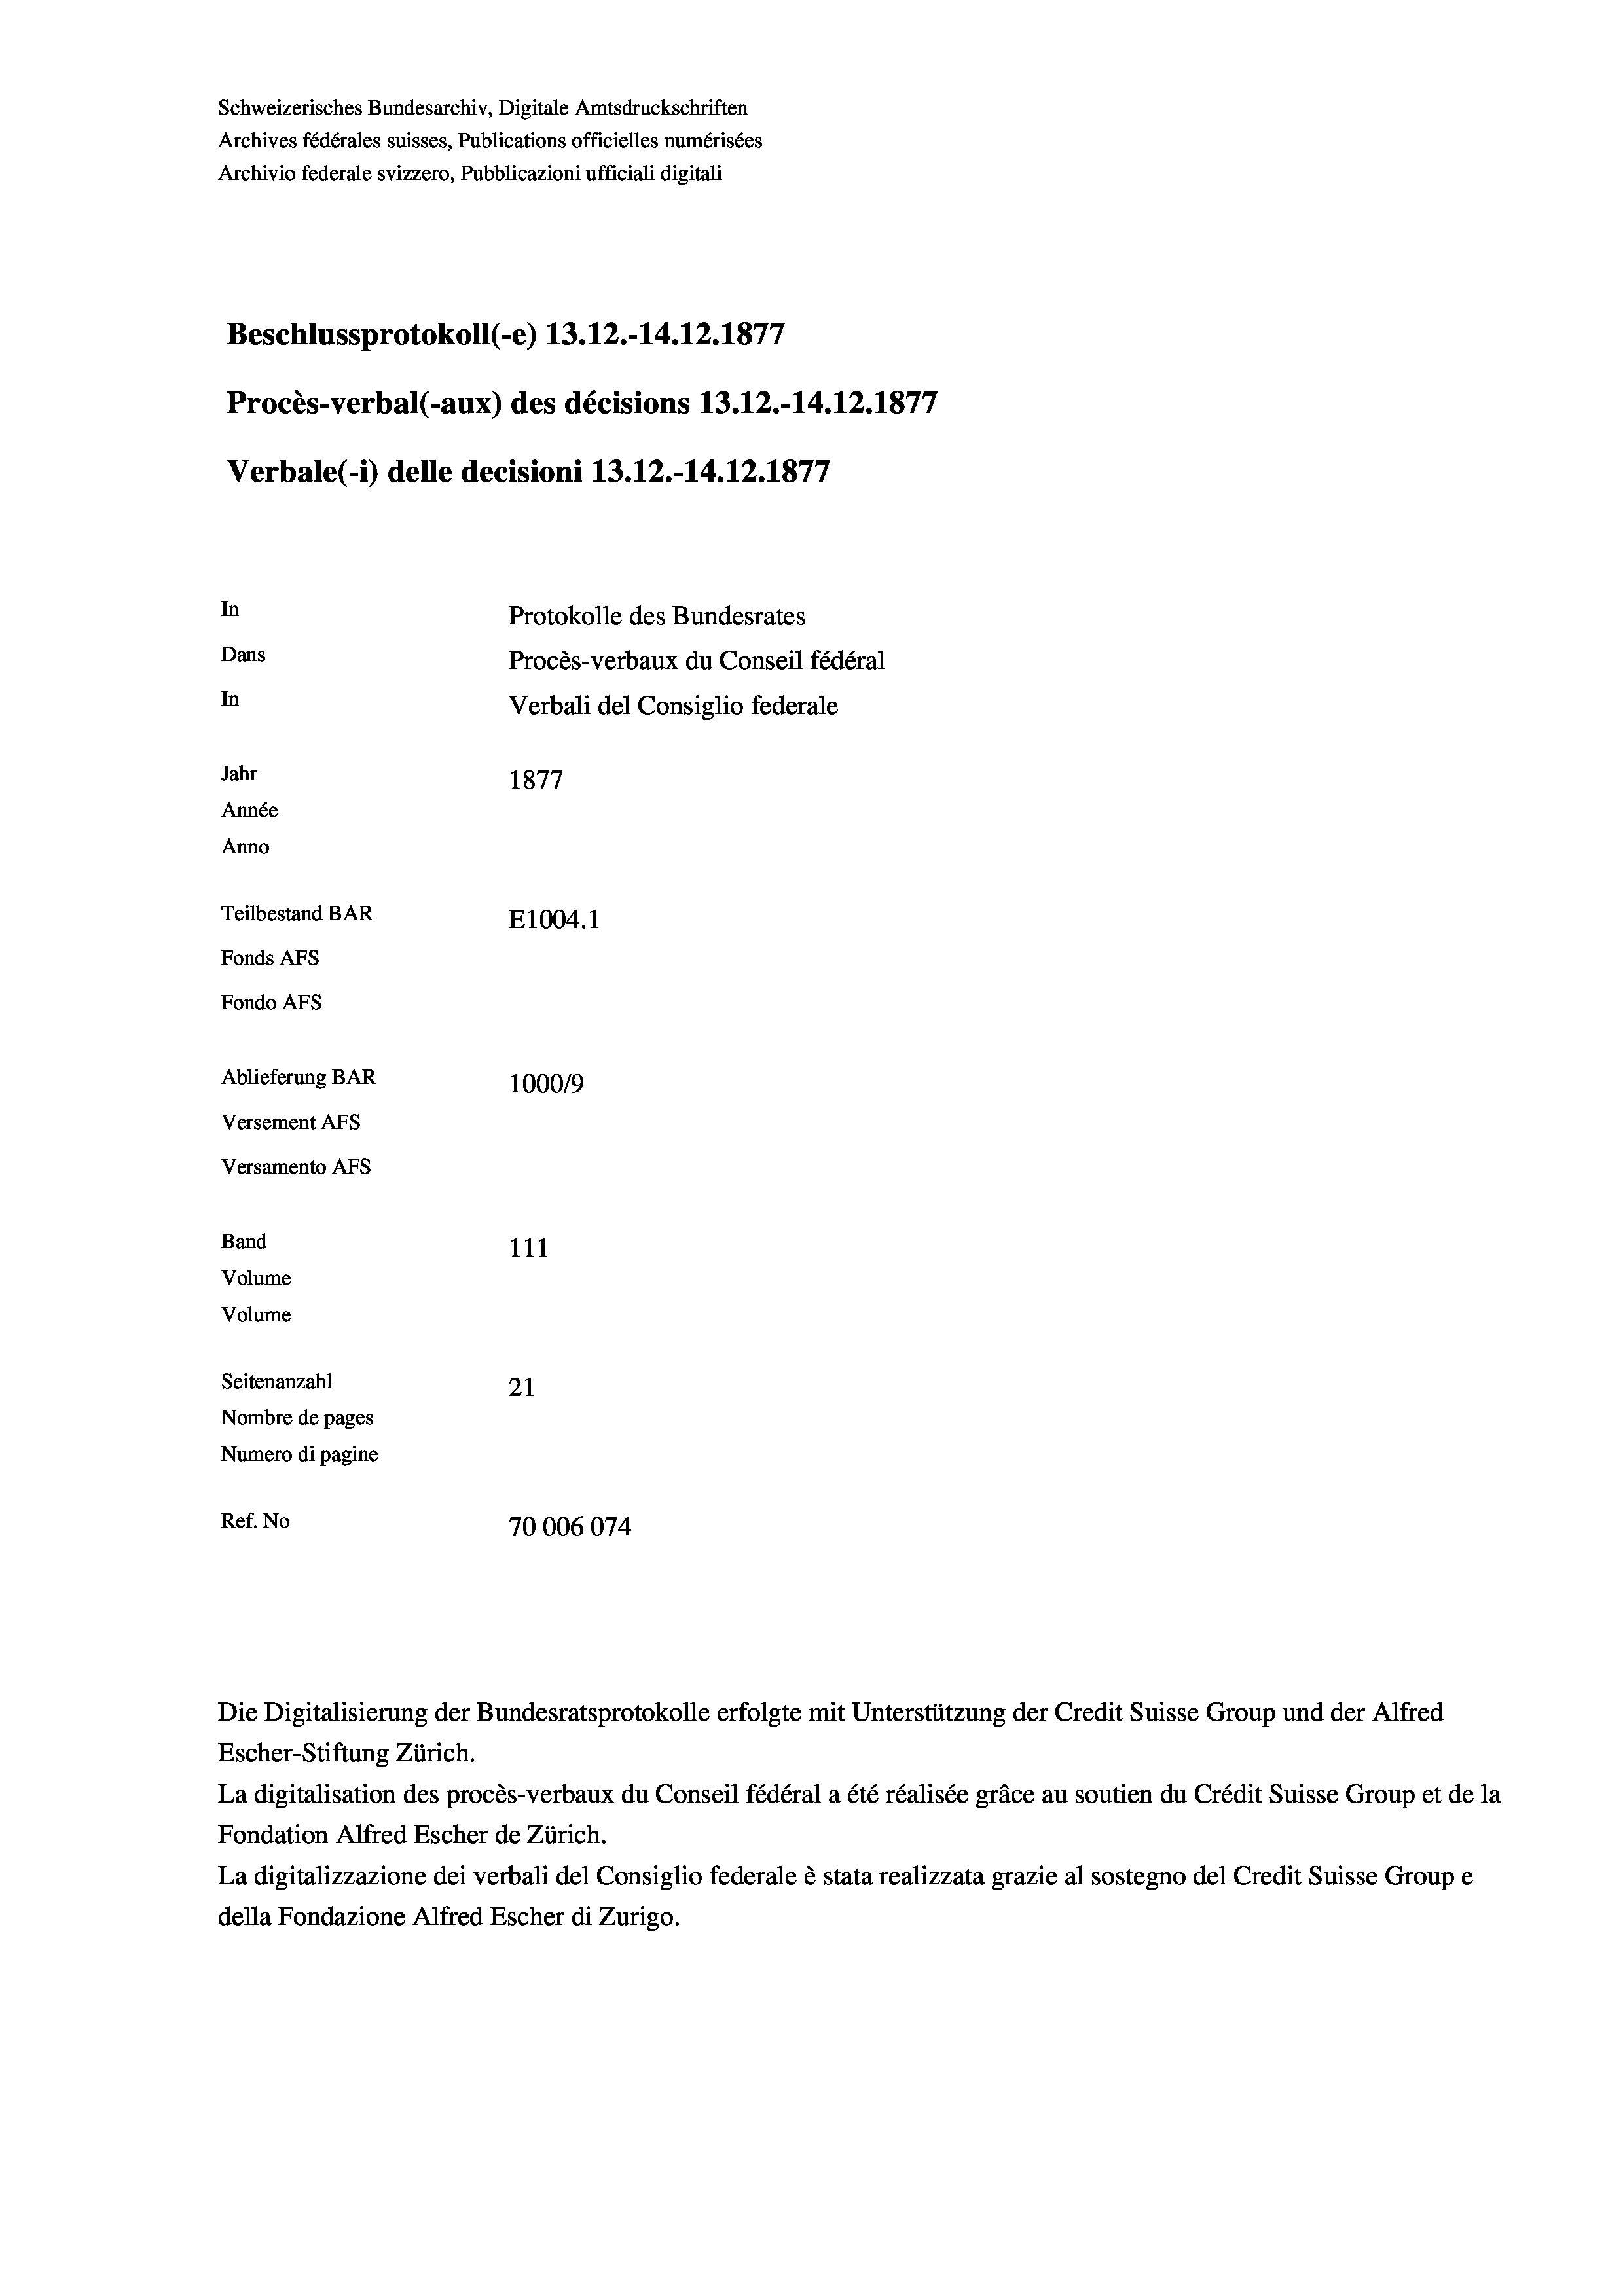
Schweizerisches Bundesarchiv, Digitale Amtsdruckschriften
Archives fédérales suisses, Publications officielles numérisées
Archivio federale svizzero, Pubblicazioni ufficiali digitali
Beschlussprotokoll (-e) 13.12.-14.12.1877
Procès-verbal (-aux) des décisions 13.12.-14.12.1877
Verbale (- 1) delle decisioni 13.12.-14.12.1877
In
Protokolle des Bundesrates
Dans
Procès-verbaux du Conseil fédéral
In
Verbali del Consiglio federale
Jahr
1877
Année
Anno
Teilbestand BAR
E1004. 1
Fonds AFs
Fondo Afs
Ablieferung BAR
100019
Versement AFs
Versamento Afs
Band
111
Volume
Volume

Seitenanzahl
21
Nombre de pages
Numero di pagine
Ref. No
70006074

Die Digitalisierung der Bundesratsprotokolle erfolgte mit Unterstützung der Credit Suisse Group und der Alfred
Escher-Stiftung Zürich.
La digitalisation des procès-verbaux du Conseil fédéral a été réalisée gräce au soutien du Crédit Suisse Group et de la
Fondation Alfred Escher de Zürich.
La digitalizzazione dei verbali del Consiglio federale è stata realizzata grazie al sostegno del Credit Suisse Groupe
della Fondazione Alfred Escher di Zurigo.